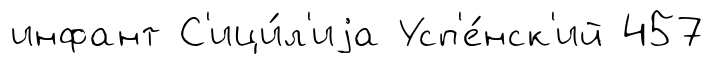
инфант С'ици́л'иjа Усп'е́нск'ий 457